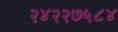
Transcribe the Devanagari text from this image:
२४२२७५८४